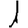
Digit: 1